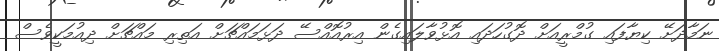
ނަމާދަށޭ ކިޔާފައި ގުމްރީއަށް ދޮގުހަދައި އޮޅުވާލައިގެން އިރުއޮއްސޭ ދަޅަމައްޗަށް އަތިރި މައްޗަށް ދިއުމަކީވެސް